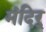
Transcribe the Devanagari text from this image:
मंदिर्